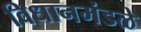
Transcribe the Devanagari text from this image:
विधानमंडळे